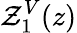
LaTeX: \mathcal{Z}_{1}^{V}(z)